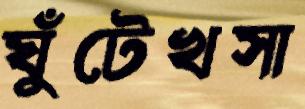
ঘুঁটেখসা